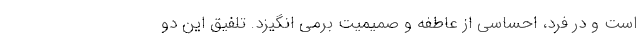
است و در فرد، احساسی از عاطفه و صمیمیت برمی انگیزد. تلفیق این دو